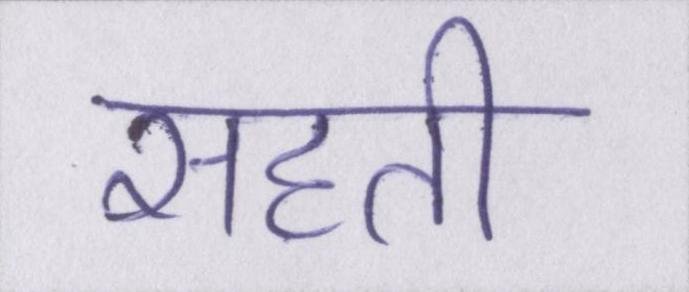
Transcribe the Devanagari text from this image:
सहती